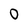
Character: O